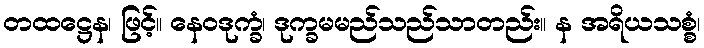
တထဋ္ဌေန၊ ဖြင့်။ နေဝဒုက္ခံ၊ ဒုက္ခမမည်သည်သာတည်း။ န အရိယသစ္စံ၊